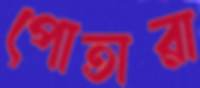
পোতারা